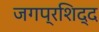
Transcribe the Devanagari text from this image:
जगप्रशिद्द